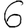
Digit: 6